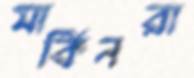
মার্কিনরা